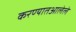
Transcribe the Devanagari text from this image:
करण्यातआलेले